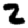
Digit: 2